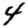
Digit: 4